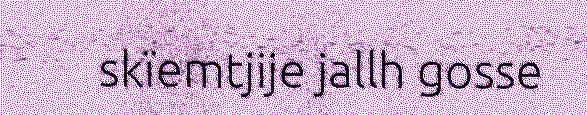
skïemtjije jallh gosse